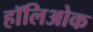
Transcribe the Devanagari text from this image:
हॉलिओक